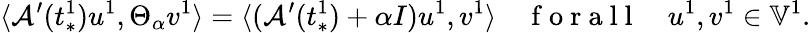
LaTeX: \langle\mathcal{A}^{\prime}(t_{*}^{1})u^{1},\Theta_{\alpha}v^{1}\rangle=\langle(\mathcal{A}^{\prime}(t_{*}^{1})+\alpha I)u^{1},v^{1}\rangle\quad\mathrm{~f~o~r~a~l~l~}\quad u^{1},v^{1}\in\mathbb{V}^{1}.